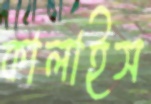
কালাইস